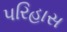
પરિહાસ